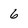
Character: 6